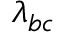
\lambda _ { b c }